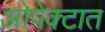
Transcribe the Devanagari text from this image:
ओपेक्टात